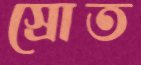
স্রোত